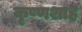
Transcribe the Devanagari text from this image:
कृष्णशाह